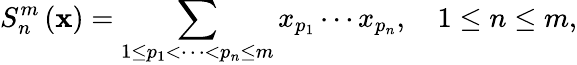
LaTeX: S_{n}^{m}\left(\mathbf{x}\right)=\sum_{1\leq p_{1}<\cdots<p_{n}\leq m}x_{p_{1}}\cdots x_{p_{n}},\quad 1\leq n\leq m,